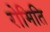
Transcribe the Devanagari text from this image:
रोमिति